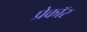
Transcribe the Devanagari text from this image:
प्रेकॉर